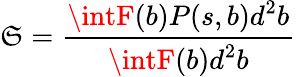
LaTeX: \mathfrak{S}=\frac{{\displaystyle\intF(b)P(s,b)d^{2}b}}{{\displaystyle\intF(b)d^{2}b}}